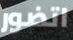
اتضور